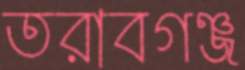
তরাবগঞ্জ